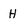
Character: H